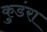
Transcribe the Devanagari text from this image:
कुडंरा